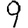
Digit: 9